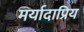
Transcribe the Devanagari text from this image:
मर्यादाप्रिय